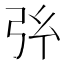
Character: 𢎺